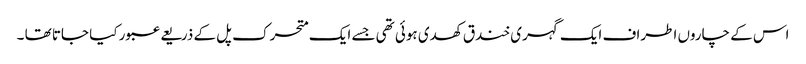
اس کے چاروں اطراف ایک گہری خندق کھدی ہوئی تھی جسے ایک متحرک پل کے ذریعے عبور کیا جاتا تھا ۔